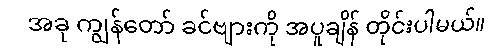
အခု ကျွန်တော် ခင်ဗျားကို အပူချိန် တိုင်းပါမယ်။